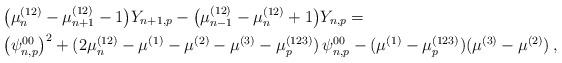
LaTeX: \begin{align*}&\big( \mu_n^{(12)}-\mu_{n+1}^{(12)}-1 \big) Y_{n+1,p}- \big( \mu_{n-1}^{(12)}-\mu_n^{(12)}+1 \big) Y_{n,p}= \\&\big(\psi^{00}_{n,p}\big)^2 + (2\mu_n^{(12)}-\mu^{(1)}-\mu^{(2)}-\mu^{(3)}-\mu_p^{(123)})\, \psi^{00}_{n,p} - (\mu^{(1)}-\mu_p^{(123)})(\mu^{(3)}-\mu^{(2)}) \,,\end{align*}